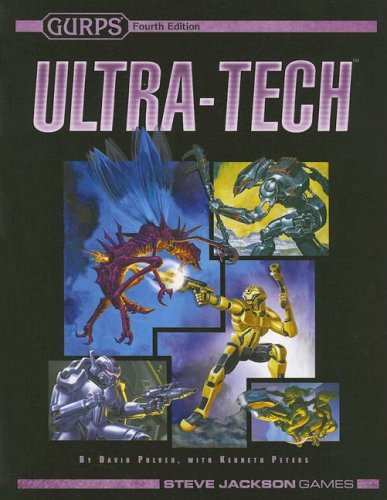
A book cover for GURPS Ultra-Tech; David L. Pulver; Science Fiction & Fantasy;